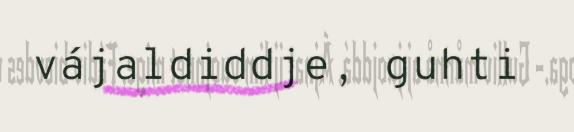
vájaldiddje, guhti